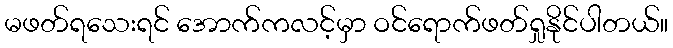
မဖတ်ရသေးရင် အောက်ကလင့်မှာ ဝင်ရောက်ဖတ်ရှုနိုင်ပါတယ်။